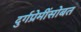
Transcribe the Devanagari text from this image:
दुर्गप्रेमींसोबत